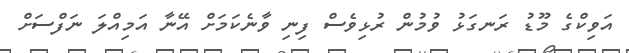
އަވިކްގެ މޫޑު ރަނގަޅު ވުމުން ރުޅިވެސް ފިނި ވާނެކަމަށް އޭނާ އަމިއްލަ ނަފްސަށް